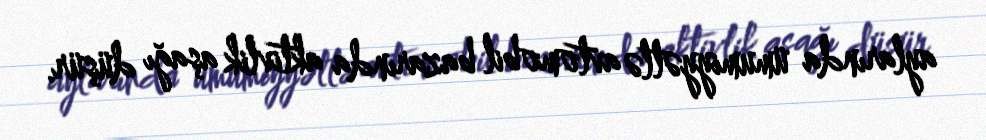
aylarında ümumiyyətlə avtomobil bazarında aktivlik aşağı düşür.